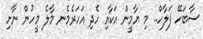
ސާބަހޭ ފަލާހް.. މި ޔާމީން އަކާއި ހެދި އަހަރެމެނ މާލެ މީހުން ނާށި